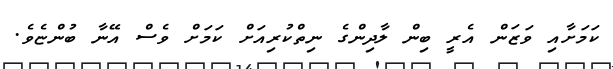
ކަމަށާއި ވަޒަން އެރީ ބިން ލާދިންގެ ނިތްކުރިއަށް ކަމަށް ވެސް އޭނާ ބުންޏެވެ.